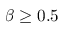
\beta \ge 0 . 5